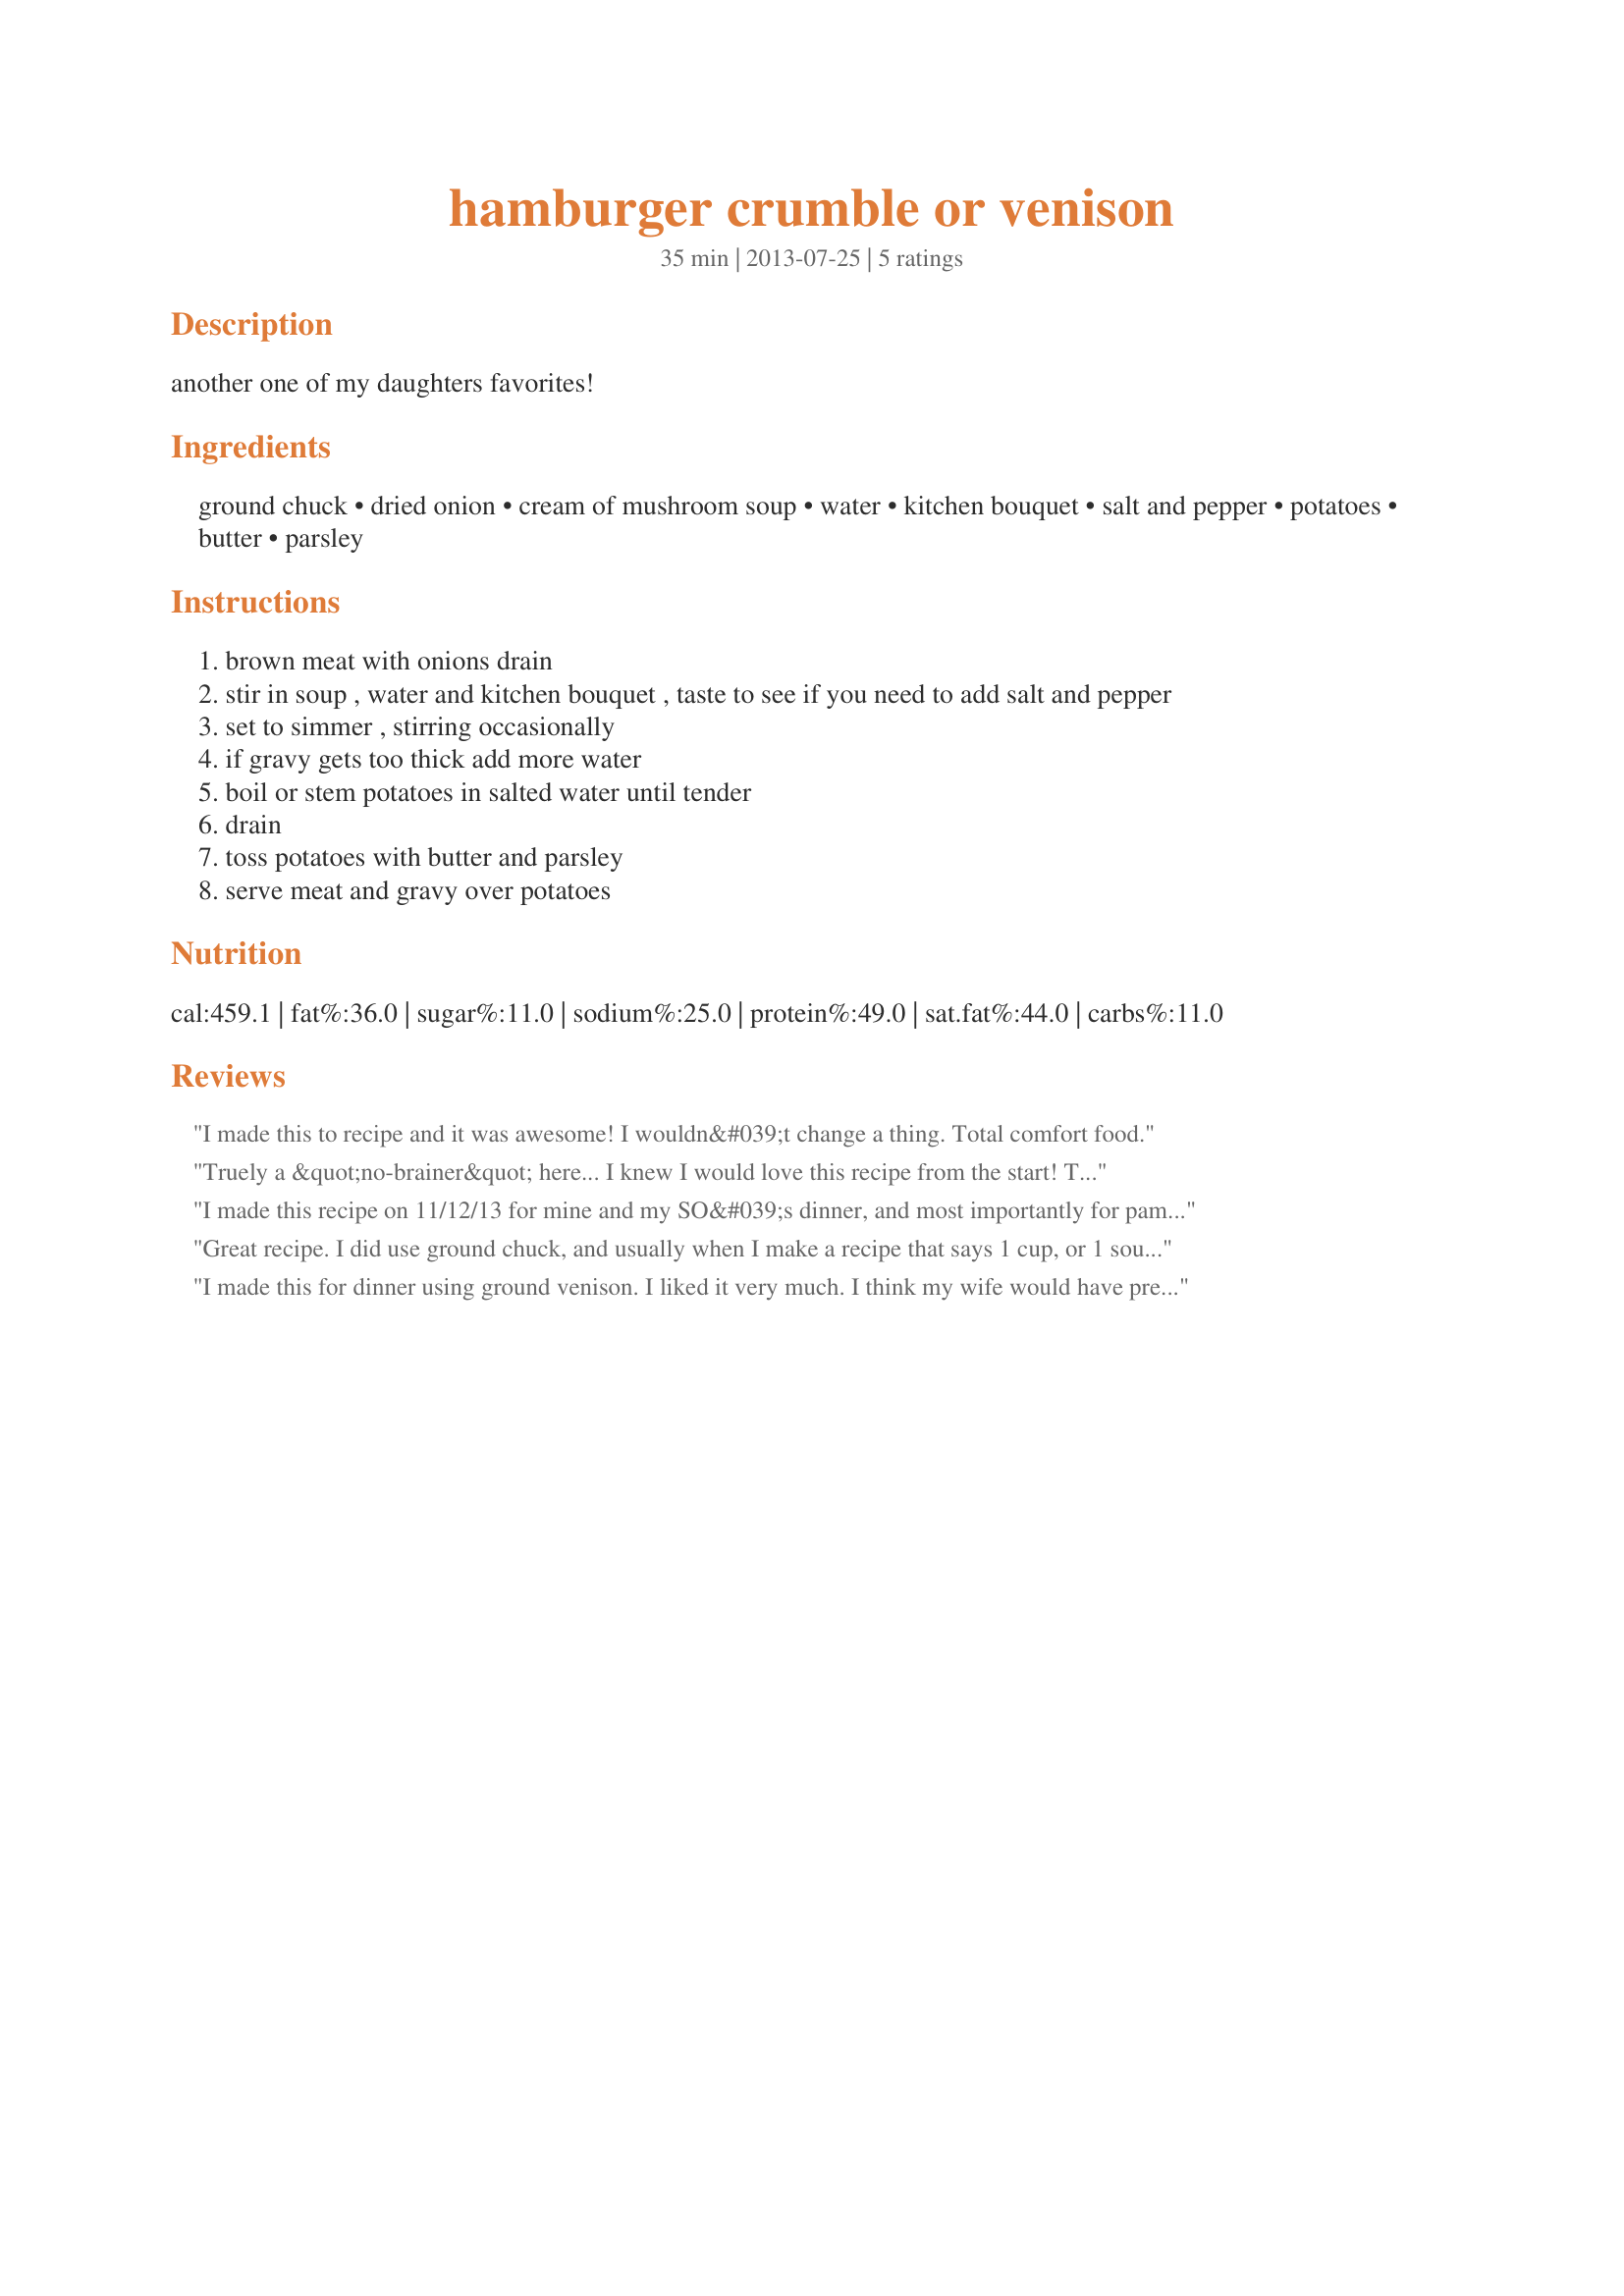
hamburger crumble or venison
Preparation time: 35 minutes

another one of my daughters favorites!

Ingredients:
ground chuck, dried onion, cream of mushroom soup, water, kitchen bouquet, salt and pepper, potatoes, butter, parsley

Steps:
brown meat with onions drain
stir in soup , water and kitchen bouquet , taste to see if you need to add salt and pepper
set to simmer , stirring occasionally
if gravy gets too thick add more water
boil or stem potatoes in salted water until tender
drain
toss potatoes with butter and parsley
serve meat and gravy over potatoes

Reviews:
I made this to recipe and it was awesome! I wouldn&#039;t change a thing. Total comfort food.
Truely a &quot;no-brainer&quot; here... I knew I would love this recipe from the start! The gravy is almost identical to how I make my German Rouladen gravy. Hubby and I loved it! So simple to make and quick. I served it with greens on the side (sorry about my poor picture). I really enjoyed the parsley potatoes that go with it (but I must confess, I made and used your Recipe #504455 for ZWT9). Normally, I will serve mashed with our gravy meals, but not anymore. It is really yummy (and extremely cheap to make)! Thank you for posting your recipe(s). (Made for &quot;New Kids&quot; tag)
I made this recipe on 11/12/13 for mine and my SO&#039;s dinner, and most importantly for pammyowl&#039;s Cook-A-Thon . If your looking for a fancy dish that uses a lot of hard to pronounce ingredients,stay away from this recipe.But if you&#039;re searching for a &quot; Comfort Food &quot; type dish,then your search is over. :) There were a couple of changes made,but I don&#039;t think the integrity of the recipe was compromised at all. Instead of using the instant onion, about 1/4 cup of chopped sweet onion was used. Since I prefer Golden Mushroom soup, it was used instead of the soup called for. I thought the gravy was dark enough, the Kitchen Bouquet wasn&#039;t used. And mashed potatoes, were used instead of diced. Both my SO and I enjoyed the simplicity of this warm and comforting dish. &quot; Keep Smiling :) &quot;
Great recipe. I did use ground chuck, and usually when I make a recipe that says 1 cup, or 1 soup cup of water, I gradually add the water as it is cooking, and then stir. I was satisfied with 3/4 cup of water, only adjustment. The sauce was great, and I decided to take a little of the gravy, and mix it with a tablespoon of butter that I served with some rolls for us. Thanks for posting this. Made for PRMR tag.
I made this for dinner using ground venison. I liked it very much. I think my wife would have preferred it with ground beef, so next time I will try that. The gravy is tasty. Thank you.
